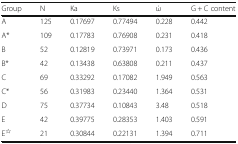
<table><thead><tr><td><b>Group</b></td><td><b>N</b></td><td><b>Ka</b></td><td><b>Ks</b></td><td><b>ώ</b></td><td><b>G + C content</b></td></tr></thead><tbody><tr><td>A</td><td>125</td><td>0.17697</td><td>0.77494</td><td>0.228</td><td>0.442</td></tr><tr><td>A*</td><td>109</td><td>0.17783</td><td>0.76908</td><td>0.231</td><td>0.418</td></tr><tr><td>B</td><td>52</td><td>0.12819</td><td>0.73971</td><td>0.173</td><td>0.436</td></tr><tr><td>B*</td><td>42</td><td>0.13438</td><td>0.63808</td><td>0.211</td><td>0.437</td></tr><tr><td>C</td><td>69</td><td>0.33292</td><td>0.17082</td><td>1.949</td><td>0.563</td></tr><tr><td>C*</td><td>56</td><td>0.31983</td><td>0.23440</td><td>1.364</td><td>0.531</td></tr><tr><td>D</td><td>75</td><td>0.37734</td><td>0.10843</td><td>3.48</td><td>0.518</td></tr><tr><td>E</td><td>42</td><td>0.39775</td><td>0.28353</td><td>1.403</td><td>0.591</td></tr><tr><td>E<sup>☆</sup></td><td>21</td><td>0.30844</td><td>0.22131</td><td>1.394</td><td>0.711</td></tr></tbody></table>